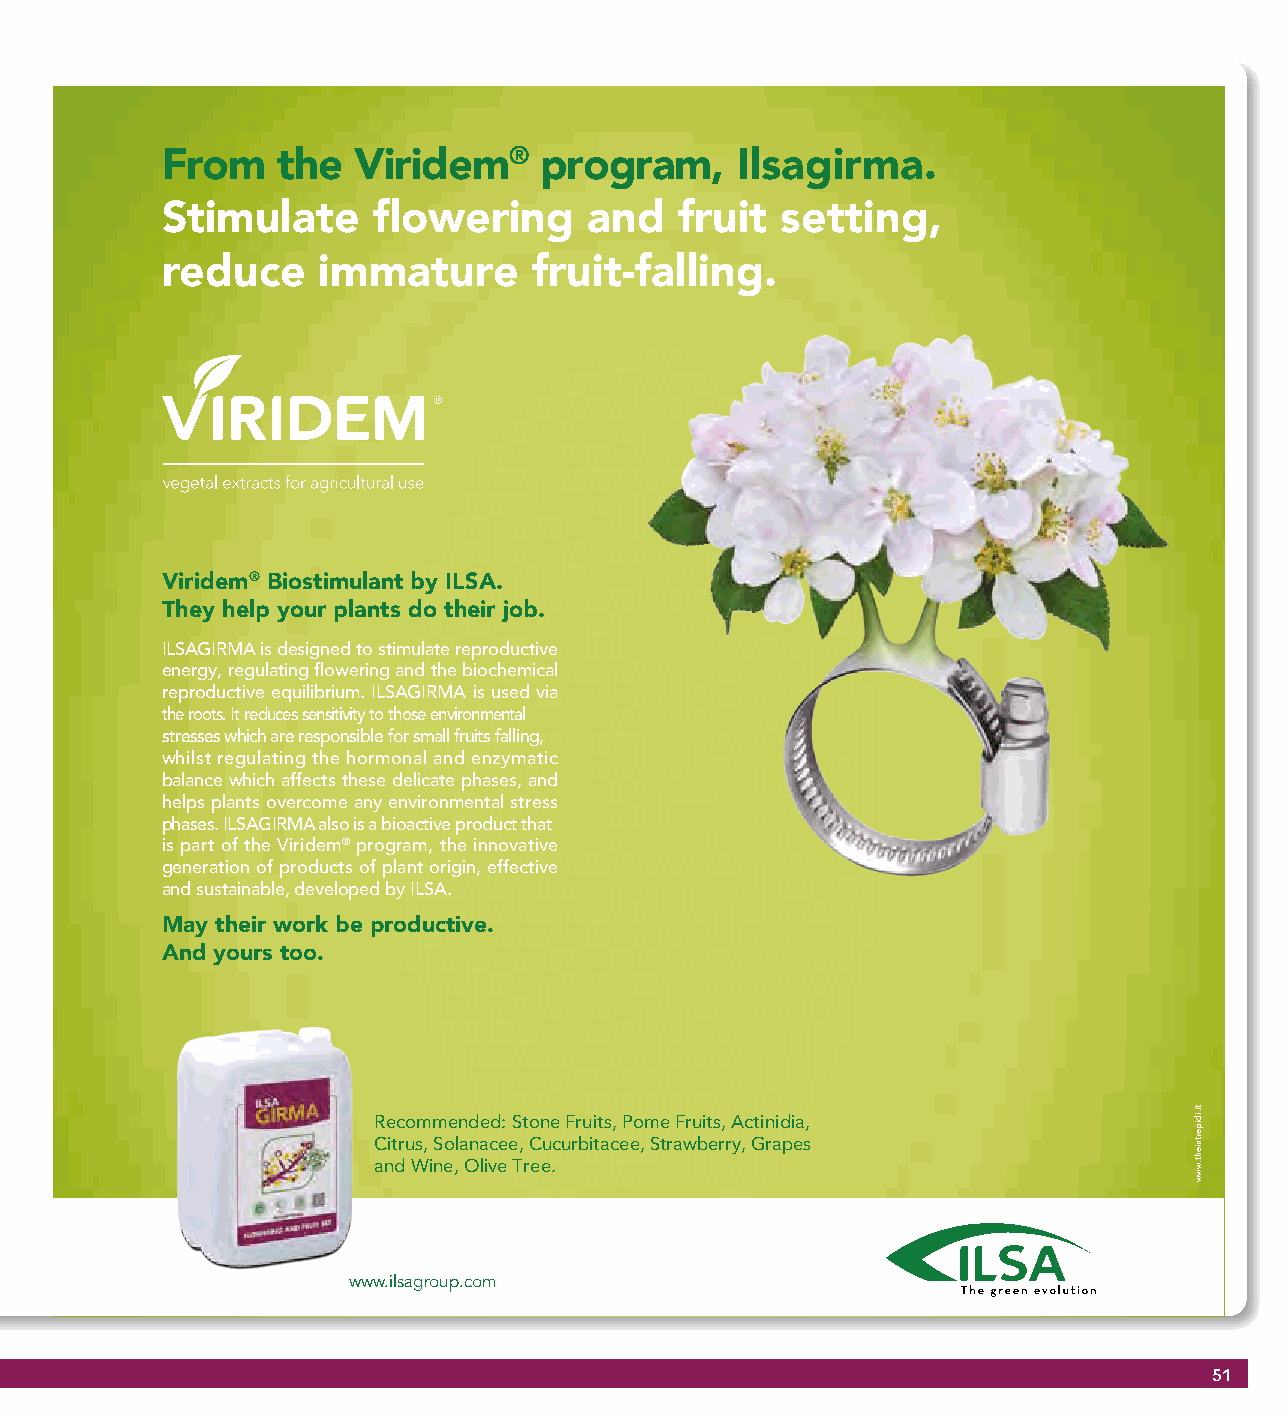
From   the  Viridem®     program,     Ilsagirma.
 Stimulate     flowering     and   fruit  setting,
 reduce    immature      fruit-falling.
 Viridem® Biostimulant by ILSA.
 They help your plants do their job.
 ILSAGIRMA is designed to stimulate reproductive
 energy, regulating flowering and the biochemical
 reproductive equilibrium. ILSAGIRMA is used via
 the roots. It reduces sensitivity to those environmental
 stresses which are responsible for small fruits falling,
 whilst regulating the hormonal and enzymatic
 balance which affects these delicate phases, and
 helps plants overcome any environmental stress
 phases. ILSAGIRMA also is a bioactive product that
 is part of the Viridem® program, the innovative
 generation of products of plant origin, effective
 and sustainable, developed by ILSA.
 May their work be productive.
 And yours too.
 Recommended: Stone Fruits, Pome Fruits, Actinidia,
 Citrus, Solanacee, Cucurbitacee, Strawberry, Grapes
 and Wine, Olive Tree.
 www.ilsagroup.com
 51
 ti.idipertnieht.www